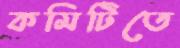
কমিটিতে